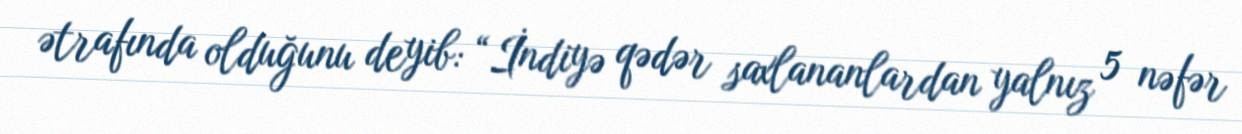
ətrafında olduğunu deyib: “İndiyə qədər saxlananlardan yalnız 5 nəfər